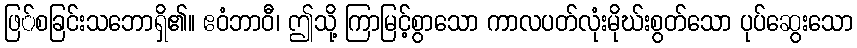
ဖြ်စခြင်းသဘောရှိ၏။ ဧဝံဘာဝီ၊ ဤသို့ ကြာမြင့်စွာသော ကာလပတ်လုံးမိုဃ်းစွတ်သော ပုပ်ဆွေးသော